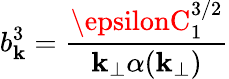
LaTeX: b_{\mathbf{k}}^{3}=\frac{{\epsilonC_{1}^{3/2}}}{{\mathbf{k}_{\perp}\alpha(\mathbf{k}_{\perp})}}